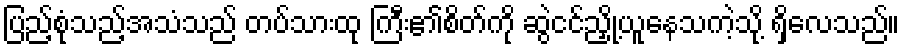
ပြည့်စုံသည့်အသံသည် တပ်သားထု ကြီး၏စိတ်ကို ဆွဲငင်ညှို့ယူနေသကဲ့သို့ ရှိလေသည်။